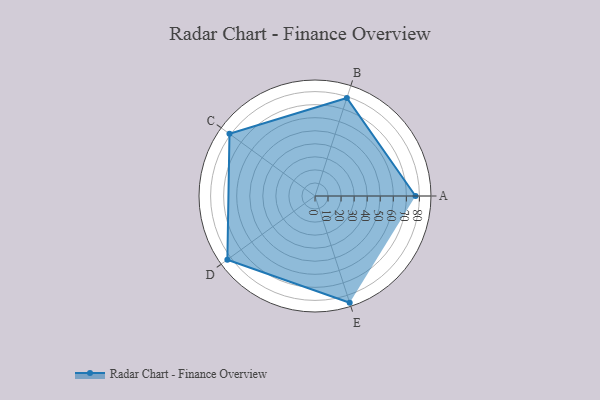
{"axis": {"x": "Skill", "y": "Score"}, "legend": ["Profile"], "data": [{"x": "A", "y": 77.0, "type": "Profile"}, {"x": "B", "y": 79.0, "type": "Profile"}, {"x": "C", "y": 81.0, "type": "Profile"}, {"x": "D", "y": 83.0, "type": "Profile"}, {"x": "E", "y": 86.0, "type": "Profile"}]}